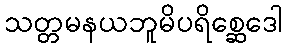
သတ္တမနယဘူမိပရိစ္ဆေဒေါ